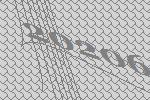
20206